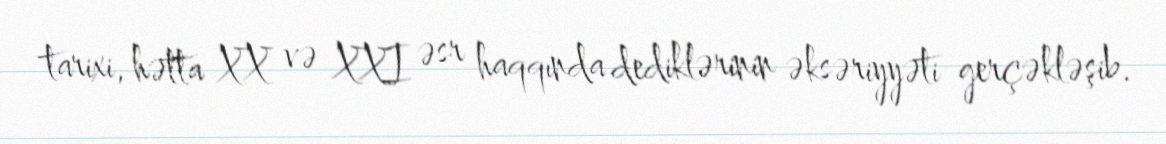
tarixi, hətta XX və XXI əsr haqqında dediklərinin əksəriyyəti gerçəkləşib.